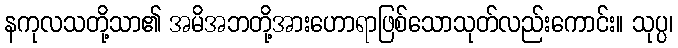
နကုလသတို့သာ၏ အမိအဘတို့အားဟောရာဖြစ်သောသုတ်လည်းကောင်း။ သုပ္ပ၊